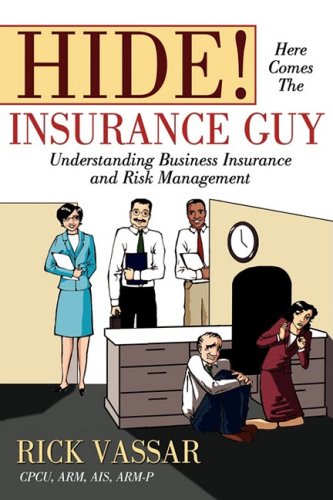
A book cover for Hide! Here Comes The Insurance Guy: Understanding Business Insurance and Risk Management; Rick Vassar; Business & Money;